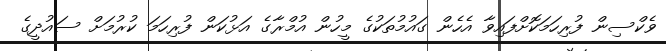
ވެކްސިން ފުރިހަމަކޮށްފައިވާ އެހެން ގައުމުތަކުގެ މީހުން އުމްރާގެ އަޅުކަން ފުރިހަމަ ކުރުމަށް ސައުދީގެ